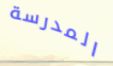
المدرسة